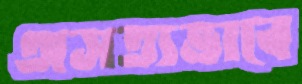
অসত্যভাবে